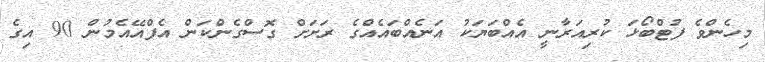
މިހެންވެ ފުޓްބޯޅަ ކުރިއަރާނީ އެއްބަޔަކު އަނެއްބައެއްގެ ރަށަށް ގޮސްގެންކަން އެފްއޭއެމުން 90 އިގެ